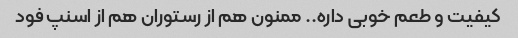
کیفیت و طعم خوبی داره.. ممنون هم از رستوران هم از اسنپ فود